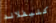
كليفلاند